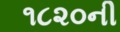
૧૮૨૦ની